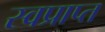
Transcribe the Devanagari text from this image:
स्वप्राप्त